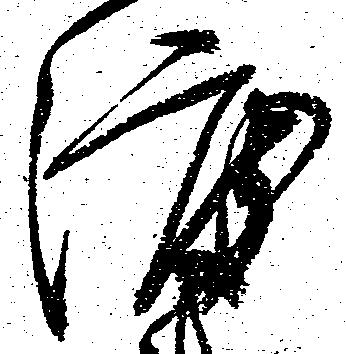
渡